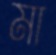
মা